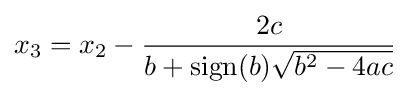
x_{3}=x_{2}-{\frac {2c}{b+\operatorname {sign} (b){\sqrt {b^{2}-4ac}}}}